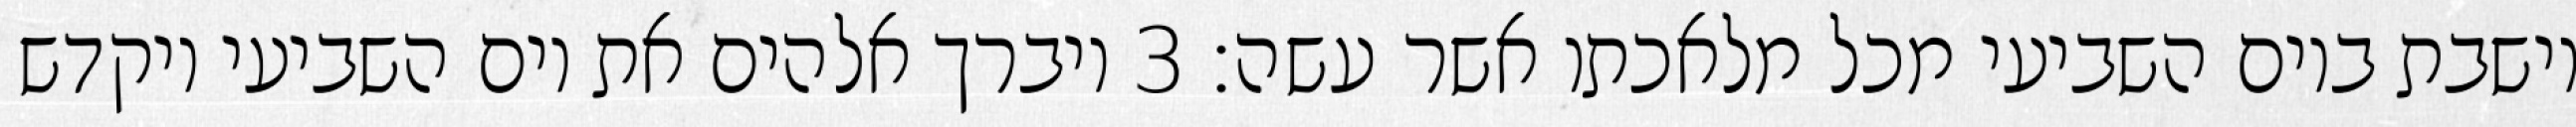
וישבת ביום השביעי מכל מלאכתו אשר עשה׃ ‎3‏ ויברך אלהים את יום השביעי ויקדש